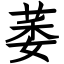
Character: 萎